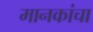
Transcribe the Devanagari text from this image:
मानकांचा